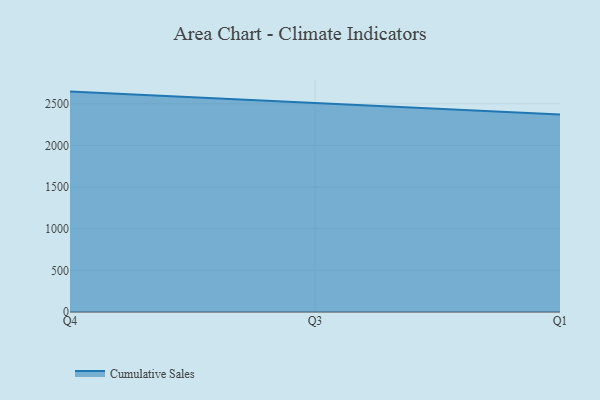
{"axis": {"x": "Quarter", "y": "Market Share (%)"}, "legend": ["Cumulative Sales"], "data": [{"x": "Q4", "y": 2646.2, "type": "Cumulative Sales"}, {"x": "Q3", "y": 2505.7, "type": "Cumulative Sales"}, {"x": "Q1", "y": 2371.7, "type": "Cumulative Sales"}]}